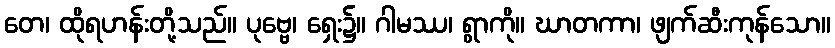
တေ၊ ထိုရဟန်းတို့သည်။ ပုဗ္ဗေ၊ ရှေး၌။ ဂါမဿ၊ ရွာကို။ ဃာတကာ၊ ဖျက်ဆီးကုန်သော။